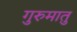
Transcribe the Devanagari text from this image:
गुरुमातु